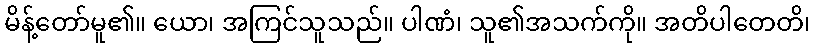
မိန့်တော်မူ၏။ ယော၊ အကြင်သူသည်။ ပါဏံ၊ သူ၏အသက်ကို။ အတိပါတေတိ၊